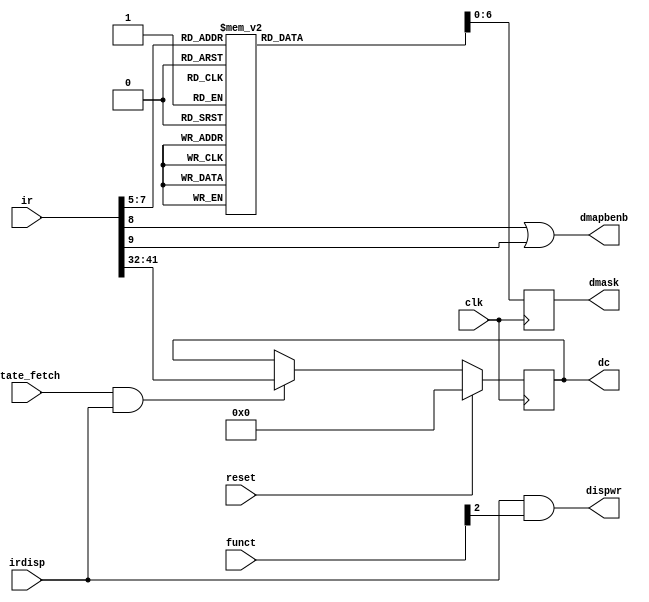
// DSPCTL --- DISPATCH CONTROL
//
// ---!!! Add description.
//
// History:
//
//   (20YY-MM-DD HH:mm:ss BRAD) Converted to Verilog.
//	???: Nets added.
//	???: Nets removed.
//   (1978-02-03 04:33:59 TK) Initial.

`timescale 1ns/1ps
`default_nettype none

module DSPCTL(/*AUTOARG*/
   // Outputs
   dmask, dc, dispwr, dmapbenb,
   // Inputs
   clk, reset, state_fetch, funct, ir, irdisp
   );

   input clk;
   input reset;

   input state_fetch;

   input [3:0] funct;
   input [48:0] ir;
   input irdisp;
   output [6:0] dmask;
   output [9:0] dc;
   output dispwr;
   output dmapbenb;

   ////////////////////////////////////////////////////////////////////////////////

   localparam ADDR_WIDTH = 2;
   localparam DATA_WIDTH = 7;
   localparam MEM_DEPTH = 8;

   reg [9:0] dc;
   reg [7:0] q;
   
   wire nc_dmask;

   ////////////////////////////////////////////////////////////////////////////////

   assign dmapbenb = ir[8] | ir[9];
   assign dispwr = irdisp & funct[2];

   always @(posedge clk)
     if (reset)
       dc <= 0;
     else if (state_fetch && irdisp)
       dc <= ir[41:32];

   wire   nclk = ~clk;
   always @(posedge nclk)
     case ({1'b0, 1'b0, ir[7], ir[6], ir[5]})
       5'h00:   q = 8'h00;
       5'h01:   q = 8'h01;
       5'h02:   q = 8'h03;
       5'h03:   q = 8'h07;
       5'h04:   q = 8'h0f;
       5'h05:   q = 8'h1f;
       5'h06:   q = 8'h3f;
       5'h07:   q = 8'h7f;
       default: q = 8'h00;
     endcase

   assign {nc_dmask, dmask[6:0]} = q;

endmodule

`default_nettype wire

// Local Variables:
// verilog-library-directories: ("..")
// End: